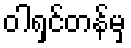
ဝါရှင်တန်မှ